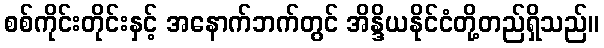
စစ်ကိုင်းတိုင်းနှင့် အနောက်ဘက်တွင် အိန္ဒိယနိုင်ငံတို့တည်ရှိသည်။